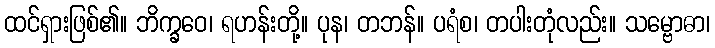
ထင်ရှားဖြစ်၏။ ဘိက္ခဝေ၊ ရဟန်းတို့။ ပုန၊ တဘန်။ ပရံစ၊ တပါးတုံလည်း။ သမ္ဗောဓာ၊